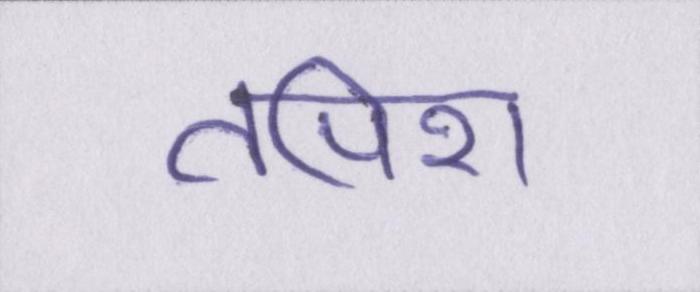
तपिश